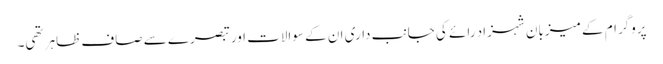
پروگرام کے میزبان شہزاد رائے کی جانب داری ان کے سوالات اور تبصرے سے صاف ظاہر تھی۔